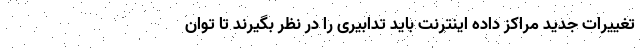
تغییرات جدید مراکز داده اینترنت باید تدابیری را در نظر بگیرند تا توان